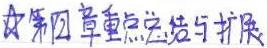
第四章重点总结与扩展